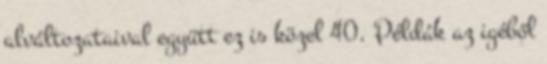
alváltozataival együtt ez is közel 40. Példák az igéből